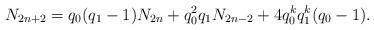
LaTeX: \begin{align*}N_{2n+2} &= q_0(q_1-1)N_{2n} +q_0^2 q_1N_{2n-2}+ 4q_0^{k} q_1^{k}(q_0-1).\end{align*}